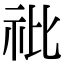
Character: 䃾